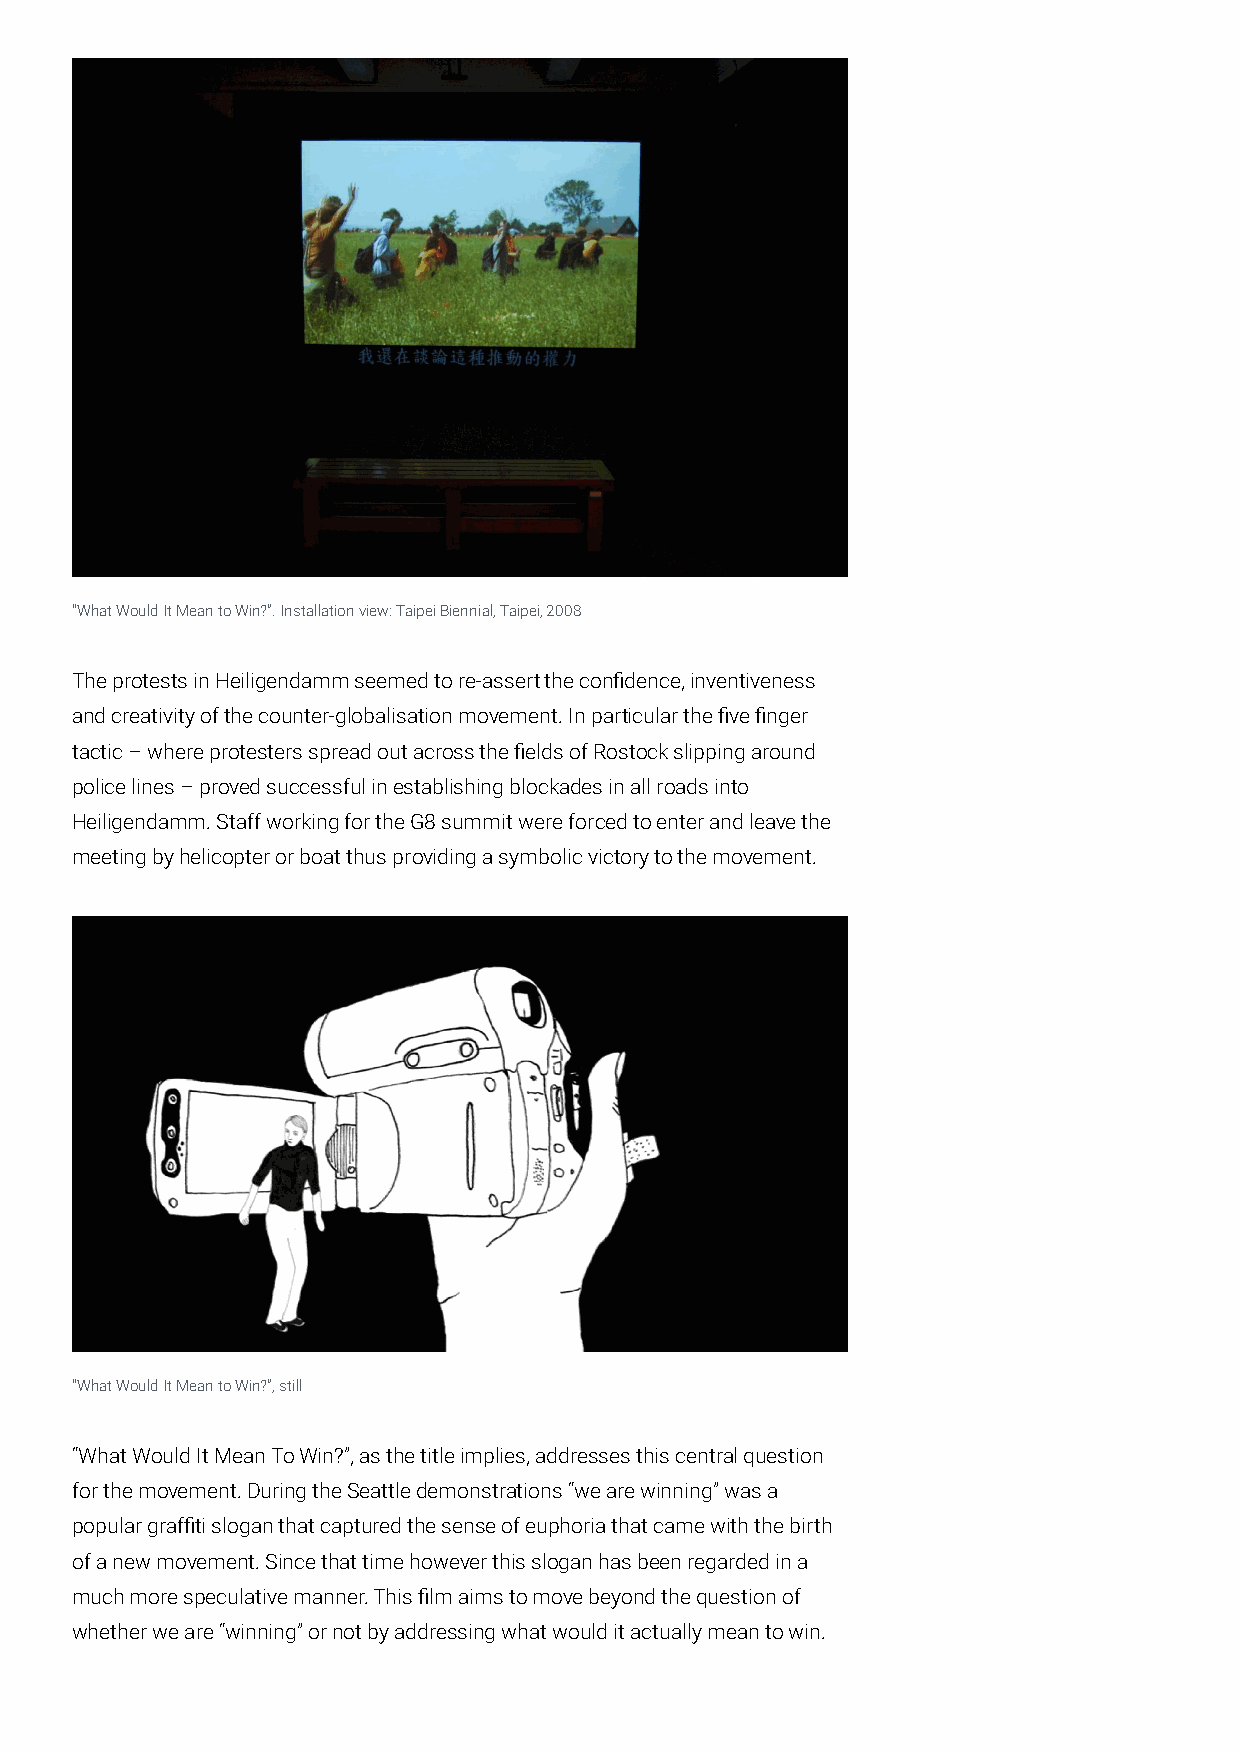
“What Would It Mean to Win?”. Installation view: Taipei Biennial, Taipei, 2008
 The protests in Heiligendamm seemed to re-assert the confidence, inventiveness
 and creativity of the counter-globalisation movement. In particular the five finger
 tactic – where protesters spread out across the fields of Rostock slipping around
 police lines – proved successful in establishing blockades in all roads into
 Heiligendamm. Staff working for the G8 summit were forced to enter and leave the
 meeting by helicopter or boat thus providing a symbolic victory to the movement.
 “What Would It Mean to Win?”, still
 “What Would It Mean To Win?”, as the title implies, addresses this central question
 for the movement. During the Seattle demonstrations “we are winning” was a
 popular graffiti slogan that captured the sense of euphoria that came with the birth
 of a new movement. Since that time however this slogan has been regarded in a
 much more speculative manner. This film aims to move beyond the question of
 whether we are “winning” or not by addressing what would it actually mean to win.